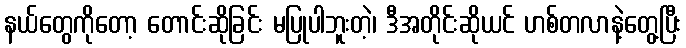
နယ်တွေကိုတော့ တောင်းဆိုခြင်း မပြုပါဘူးတဲ့၊ ဒီအတိုင်းဆိုယင် ဟစ်တလာနဲ့တွေ့ပြီး